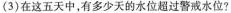
(3)在这五天中，有多少天的水位超过警戒水位?